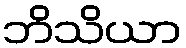
ဘိသိယာ